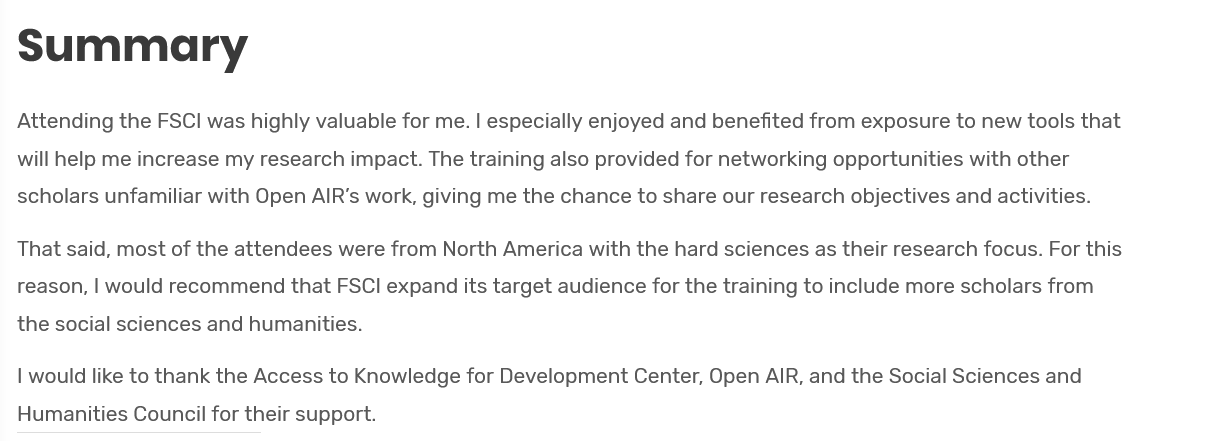
Summary
  Attending the FSCI was highly valuable for me. | especially enjoyed and benefited from exposure to new tools that
  will help me increase my research impact. The training also provided for networking opportunities with other
  scholars unfamiliar with Open AIR’s work, giving me the chance to share our research objectives and activities.
  | would like to thank the Access to Knowledge for Development Center, Open AIR, and the Social Sciences and
  Humanities Council for their support.
  That said, most of the attendees were from North America with the hard sciences as their research focus. For this
  reason, | would recommend that FSCI expand its target audience for the training to include more scholars from
  the social sciences and humanities.